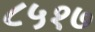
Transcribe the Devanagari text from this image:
८५१७